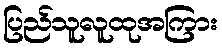
ပြည်သူလူထုအကြား